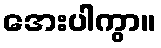
အေးပါကွာ။